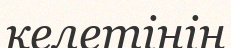
келетінін